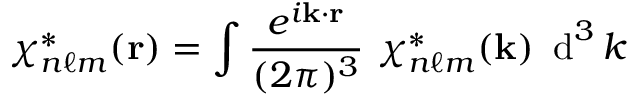
\chi _ { n \ell m } ^ { * } ( { \mathbf { r } } ) = \int { \frac { ~ e ^ { i \mathbf { k } \cdot \mathbf { r } } ~ } { ( 2 \pi ) ^ { 3 } } } ~ \chi _ { n \ell m } ^ { * } ( { \mathbf { k } } ) ~ \operatorname { d } ^ { 3 } k